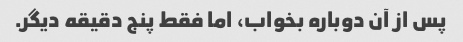
پس از آن دوباره بخواب، اما فقط پنج دقیقه دیگر.